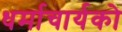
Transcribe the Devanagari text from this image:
धर्माचार्यको